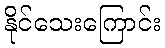
နိုင်သေးကြောင်း